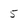
Character: 5